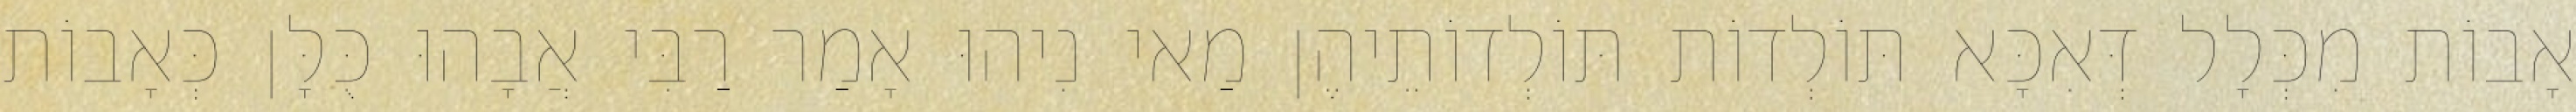
אָבוֹת מִכְּלָל דְּאִכָּא תּוֹלְדוֹת תּוֹלְדוֹתֵיהֶן מַאי נִיהוּ אָמַר רַבִּי אֲבָהוּ כֻּלָּן כְּאָבוֹת